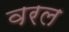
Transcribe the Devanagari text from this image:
वरल